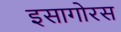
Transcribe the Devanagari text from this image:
इसागोरस